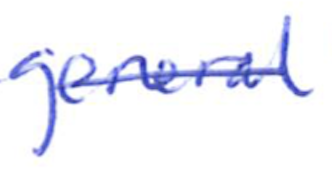
Text: general
Cross-out: single-line
Writing tool: ballpoint